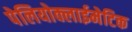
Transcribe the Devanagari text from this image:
पेलियोक्लाईमेटिक